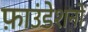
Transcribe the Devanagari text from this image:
फ़ाउंडेशनों